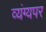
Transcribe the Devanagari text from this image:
व्यंग्यपर